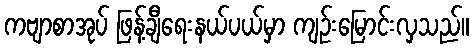
ကဗျာစာအုပ် ဖြန့်ချီရေးနယ်ပယ်မှာ ကျဉ်းမြောင်းလှသည်။